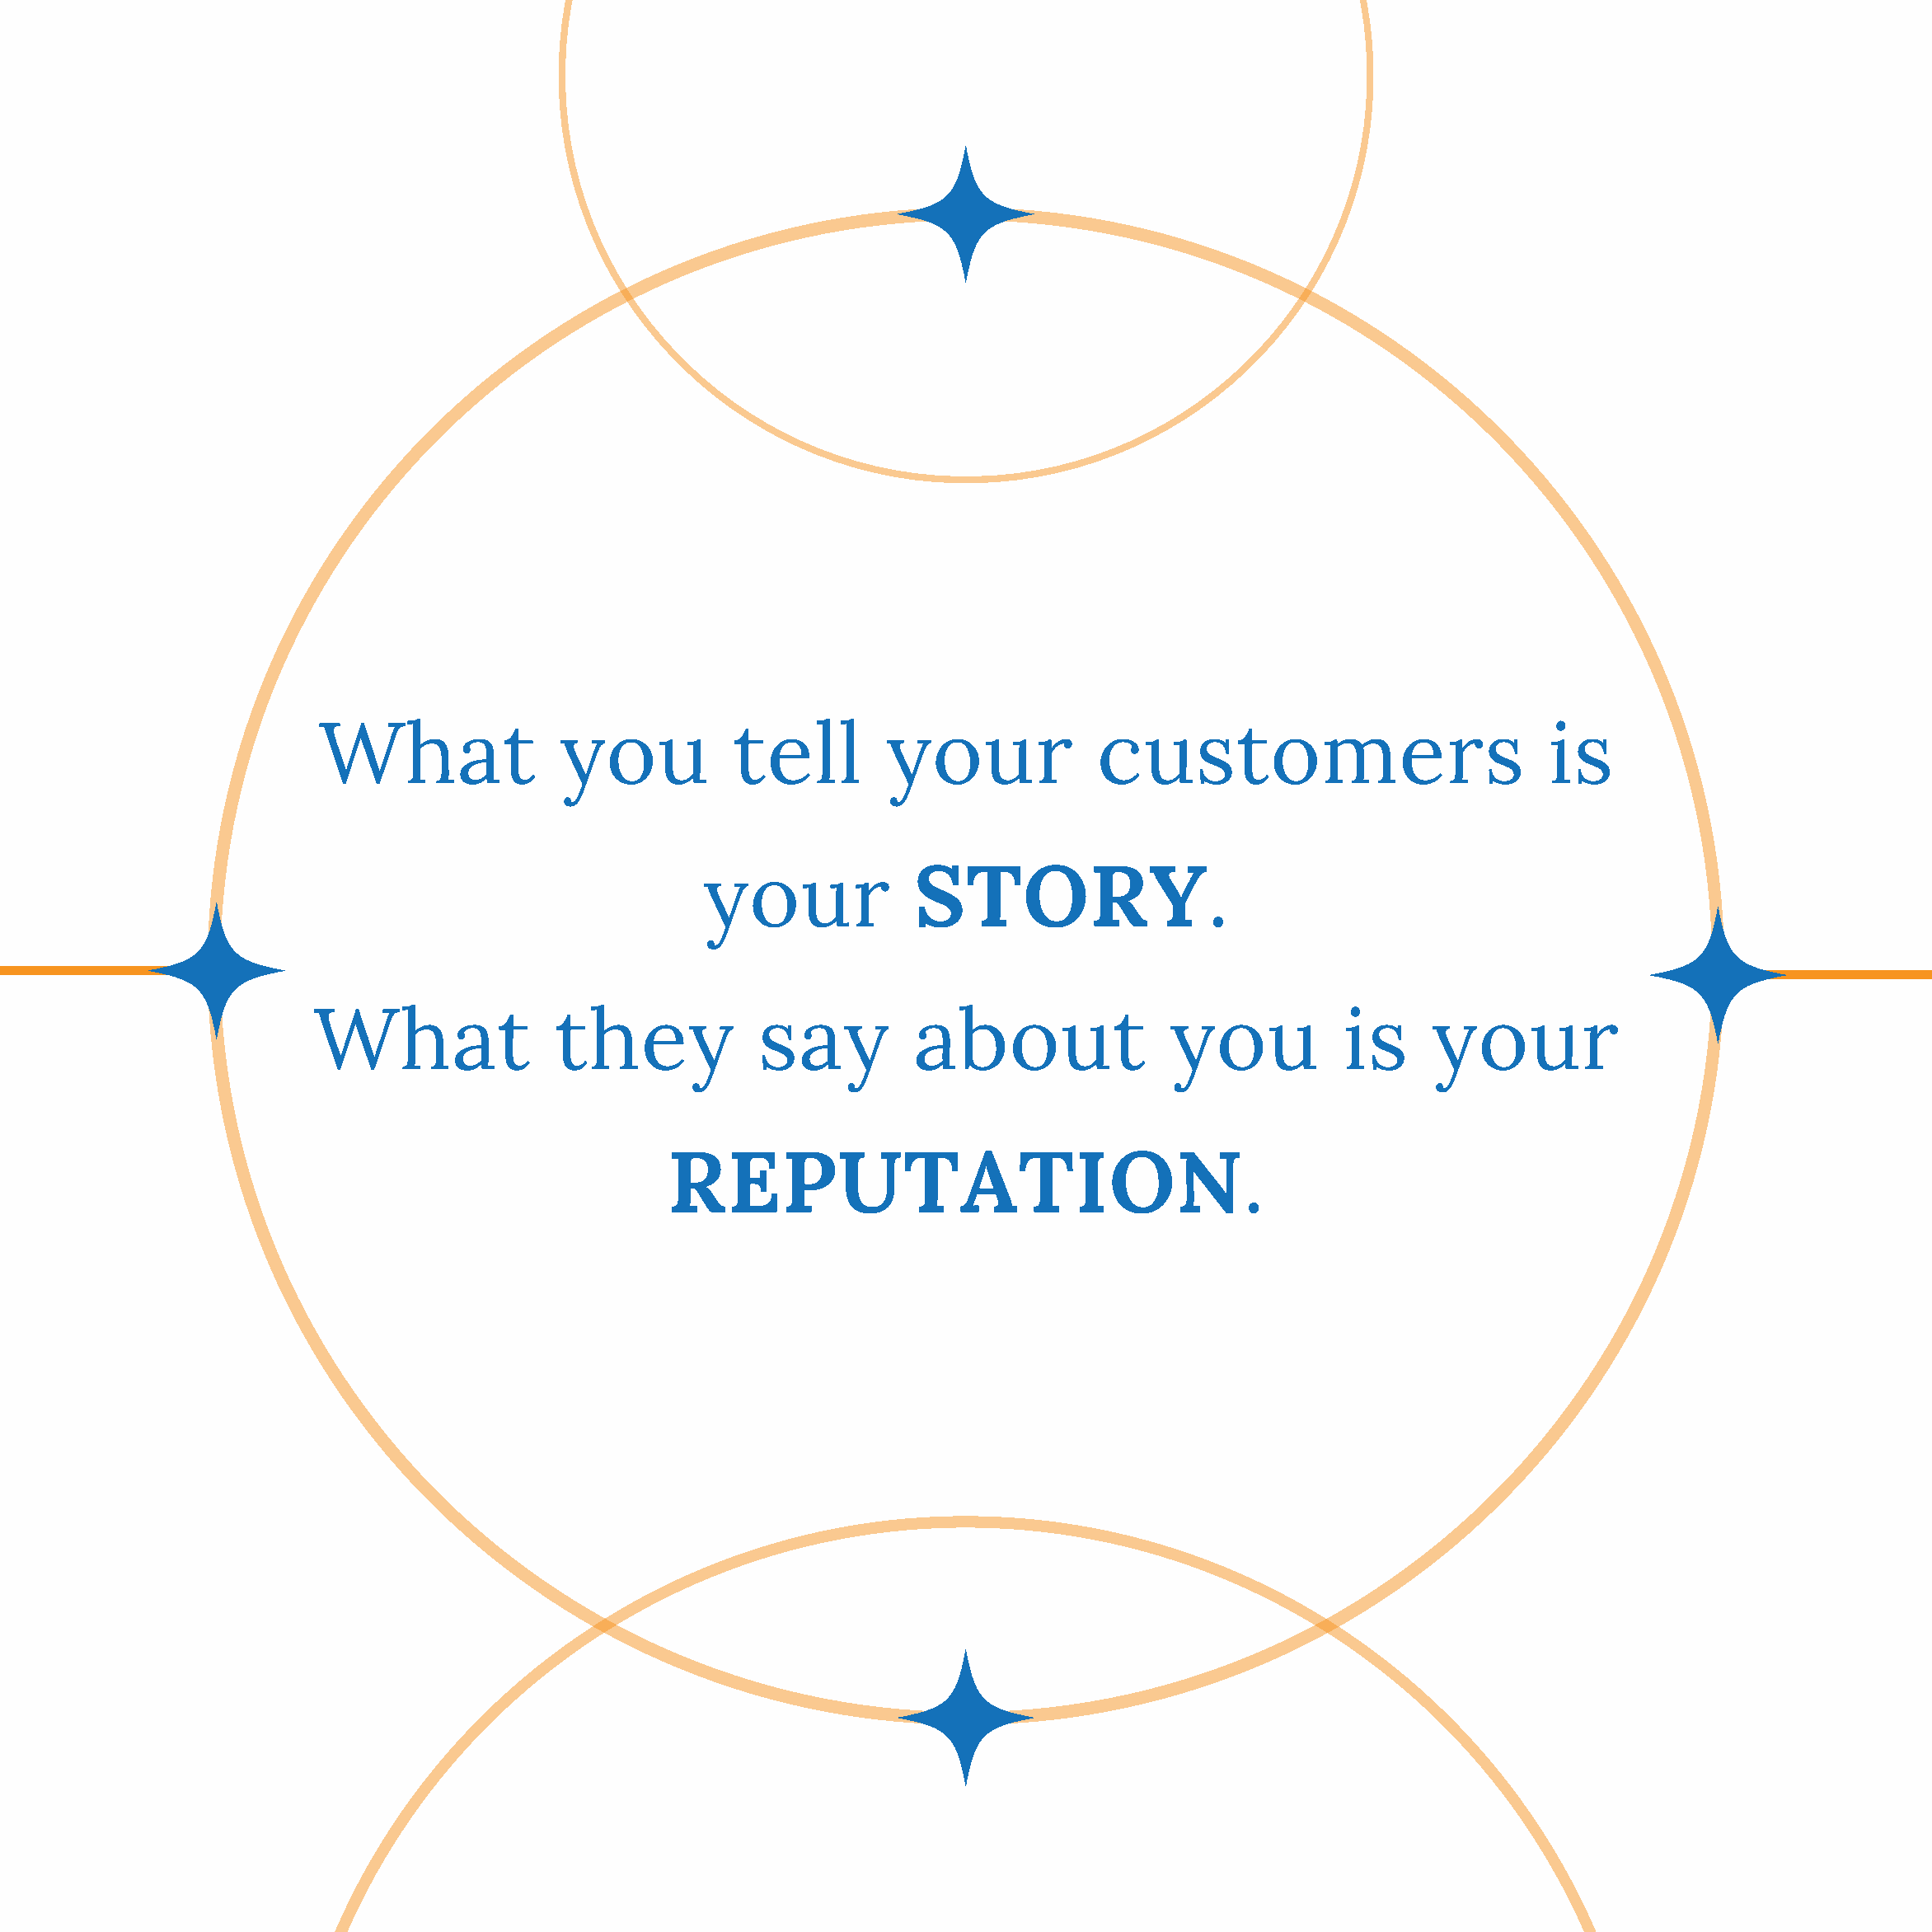
What               you           tell        your             customers                           is
 your             STORY.
 What                they            say         about                you           is     your
 REPUTATION.